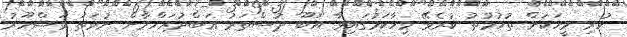
ހުރި މީހަކަށް ތުހުމުތު ކުރެވޭ މިހާކަމުގައިވާ އަބޫ ދުސްތަރު ޢަބްދުރަހްމާން ނުވަތަ މަޝްހޫރު